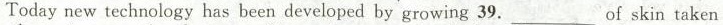
Today new technology has been developed by growing 39. _of skin taken